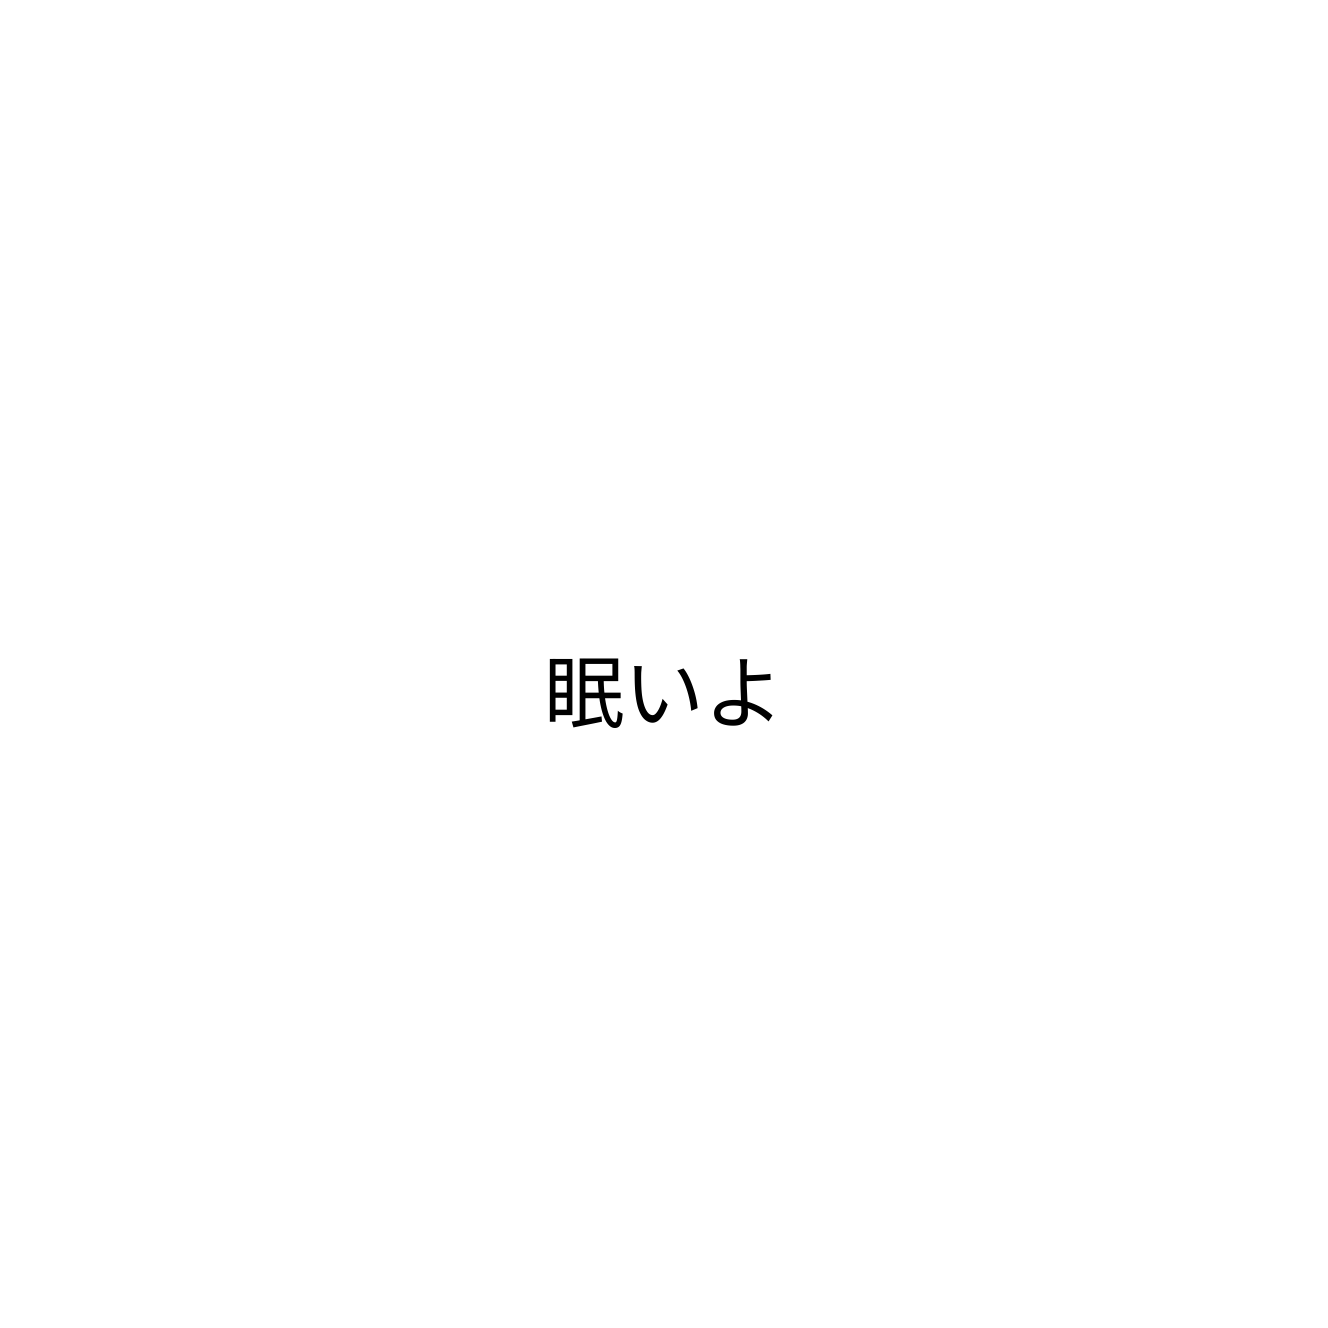
眠いよ